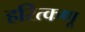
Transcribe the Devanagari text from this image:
हरित्कणू